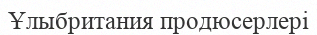
Ұлыбритания продюсерлері